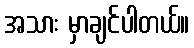
အသား မှာချင်ပါတယ်။